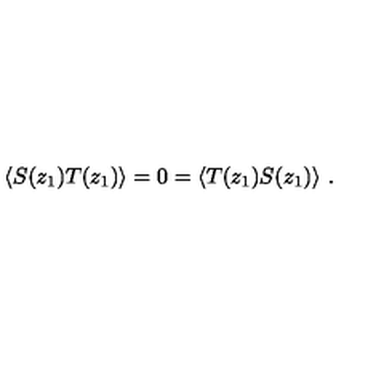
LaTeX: \langle S ( z _ { 1 } ) T ( z _ { 1 } ) \rangle = 0 = \langle T ( z _ { 1 } ) S ( z _ { 1 } ) \rangle \ .